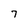
Character: 7